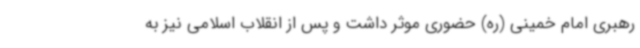
رهبری امام خمینی (ره) حضوری موثر داشت و پس از انقلاب اسلامی نیز به